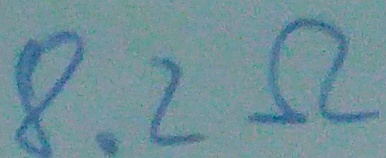
Text: 8.2Ω